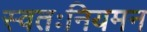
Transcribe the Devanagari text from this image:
स्वतःनियमन